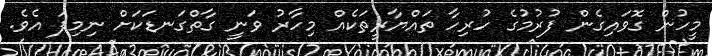
މީހުން ގޮވައިގެން ފުރުމުގެ ހުރިހާ ތައްޔާރީތަކެއް މިހާރު ވަނީ ގާތްގަނޑަކަށް ނިމިފަ އެވެ.